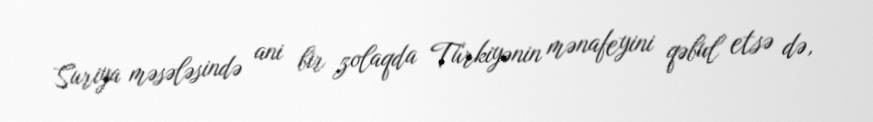
Suriya məsələsində ani bir zolaqda Türkiyənin mənafeyini qəbul etsə də,